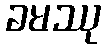
ခမဿု